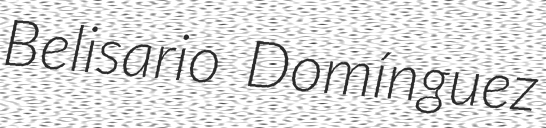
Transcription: Belisario Domínguez